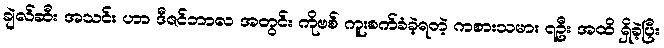
ချဲလ်ဆီး အသင်း ဟာ ဒီဇင်ဘာလ အတွင်း ကိုဗစ် ကူးစက်ခံခဲ့ရတဲ့ ကစားသမား ၇ဦး အထိ ရှိခဲ့ပြီး